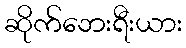
ဆိုက်ဘေးရီးယား